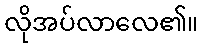
လိုအပ်လာလေ၏။